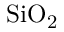
\mathrm { { S i O _ { 2 } } }